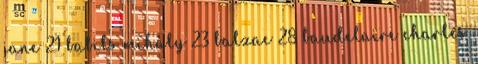
jane 21 babits mihály 23 balzac 28 baudelaire charles